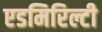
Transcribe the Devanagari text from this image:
एडमिरिल्टी